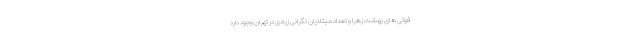
فوتی های بهشت زهرا و تعداد مبتلایان نگرانی زیادی در تهران وجود دارد